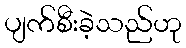
ပျက်စီးခဲ့သည်ဟု